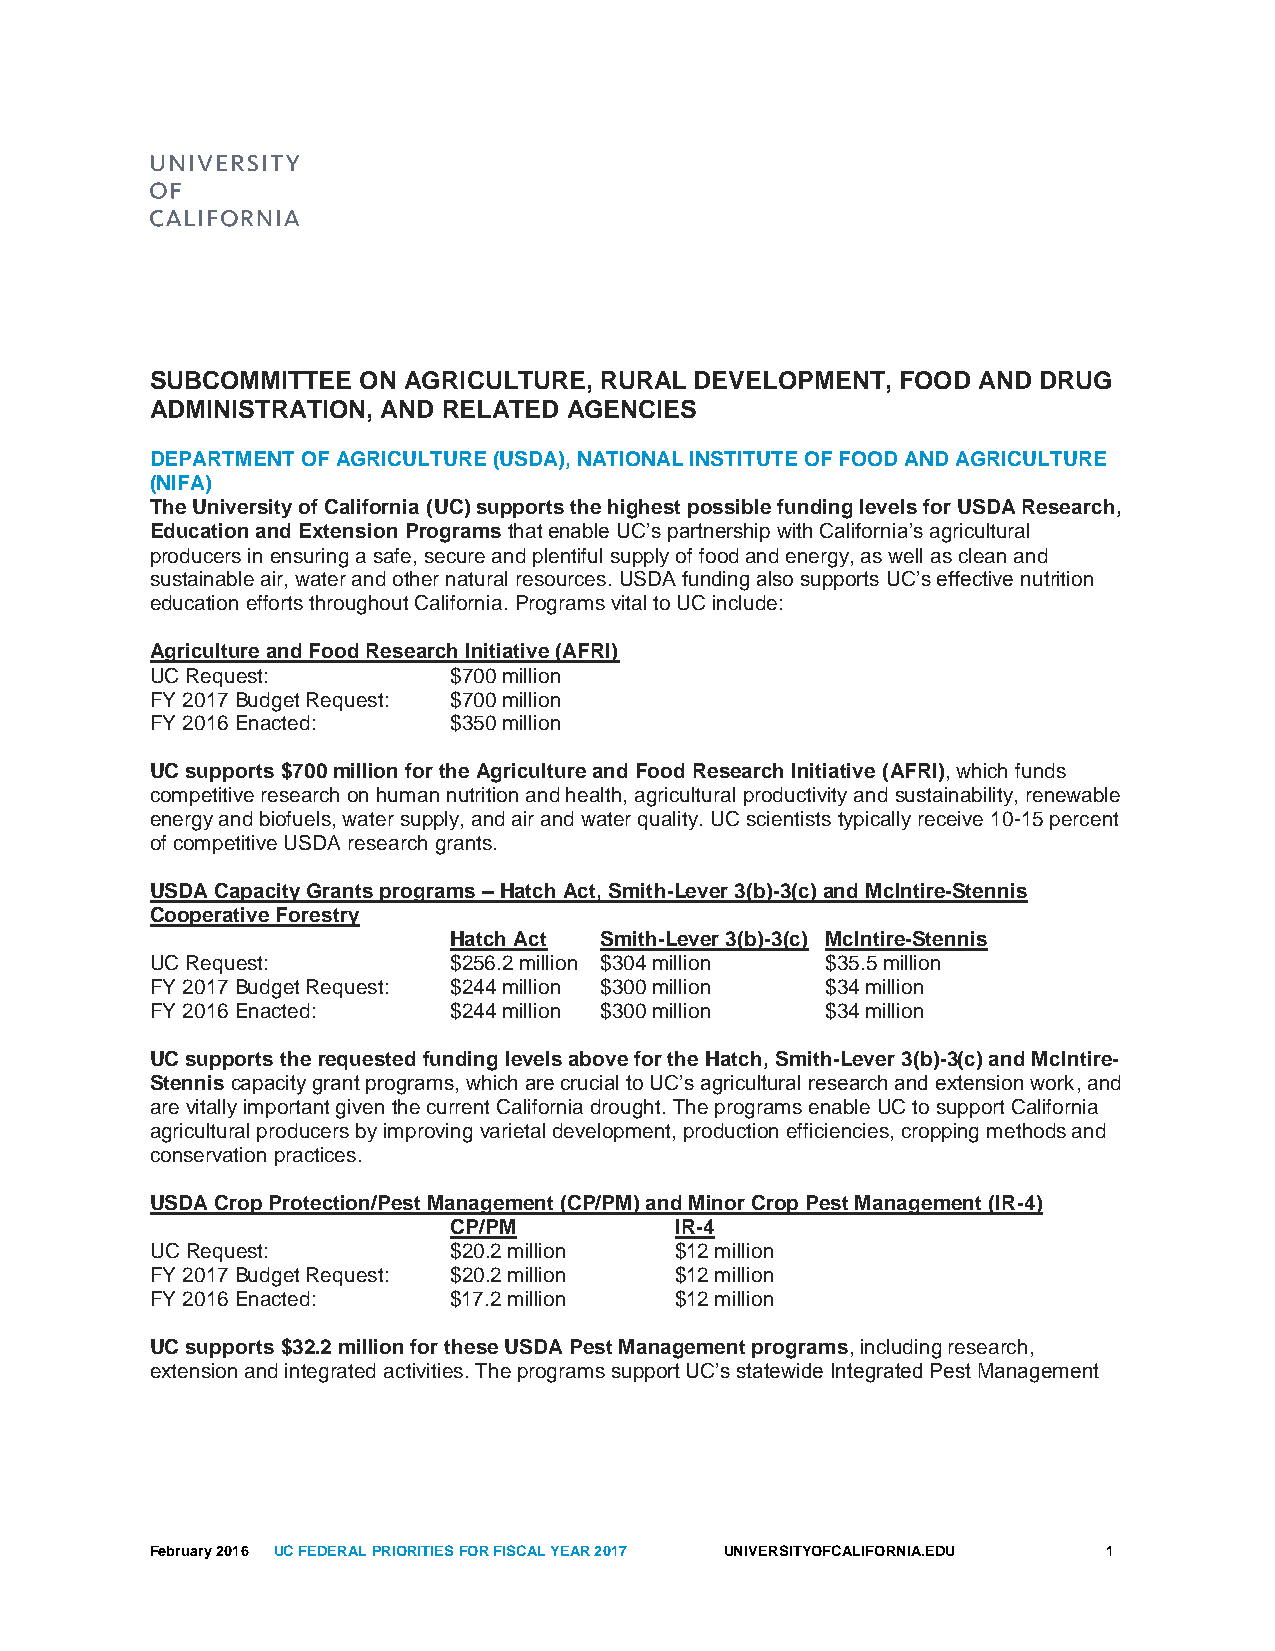
SUBCOMMITTEE  ON AGRICULTURE, RURAL DEVELOPMENT,  FOOD AND DRUG
 ADMINISTRATION, AND RELATED AGENCIES
 DEPARTMENT OF AGRICULTURE (USDA), NATIONAL INSTITUTE OF FOOD AND AGRICULTURE
 (NIFA)
 The University of California (UC) supports the highest possible funding levels for USDA Research,
 Education and Extension Programs that enable UC’s partnership with California’s agricultural
 producers in ensuring a safe, secure and plentiful supply of food and energy, as well as clean and
 sustainable air, water and other natural resources. USDA funding also supports UC’s effective nutrition
 education efforts throughout California. Programs vital to UC include:
 Agriculture and Food Research Initiative (AFRI)
 UC Request:         $700 million
 FY 2017 Budget Request: $700 million
 FY 2016 Enacted:    $350 million
 UC supports $700 million for the Agriculture and Food Research Initiative (AFRI), which funds
 competitive research on human nutrition and health, agricultural productivity and sustainability, renewable
 energy and biofuels, water supply, and air and water quality. UC scientists typically receive 10-15 percent
 of competitive USDA research grants.
 USDA Capacity Grants programs – Hatch Act, Smith-Lever 3(b)-3(c) and McIntire-Stennis
 Cooperative Forestry
 Hatch Act Smith-Lever 3(b)-3(c) McIntire-Stennis
 UC Request:         $256.2 million $304 million $35.5 million
 FY 2017 Budget Request: $244 million $300 million $34 million
 FY 2016 Enacted:    $244 million $300 million $34 million
 UC supports the requested funding levels above for the Hatch, Smith-Lever 3(b)-3(c) and McIntire-
 Stennis capacity grant programs, which are crucial to UC’s agricultural research and extension work, and
 are vitally important given the current California drought. The programs enable UC to support California
 agricultural producers by improving varietal development, production efficiencies, cropping methods and
 conservation practices.
 USDA Crop Protection/Pest Management (CP/PM) and Minor Crop Pest Management (IR-4)
 CP/PM          IR-4
 UC Request:         $20.2 million  $12 million
 FY 2017 Budget Request: $20.2 million $12 million
 FY 2016 Enacted:    $17.2 million  $12 million
 UC supports $32.2 million for these USDA Pest Management programs, including research,
 extension and integrated activities. The programs support UC’s statewide Integrated Pest Management
 February 2016 UC FEDERAL PRIORITIES FOR FISCAL YEAR 2017 UNIVERSITYOFCALIFORNIA.EDU 1